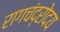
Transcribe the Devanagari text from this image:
रागचंद्रोदय